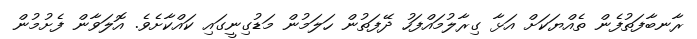
ރާނބާފަތުފެން ތެއްޔަކަށް އަޅާ ގިރާލުމައްފަހު ދޭފަތުން ހަލަމުން މަޑުގިނީގައި ކައްކާށެވެ. އޮލަވާން ފެށުމުން